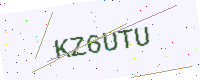
Text: KZ6UTU